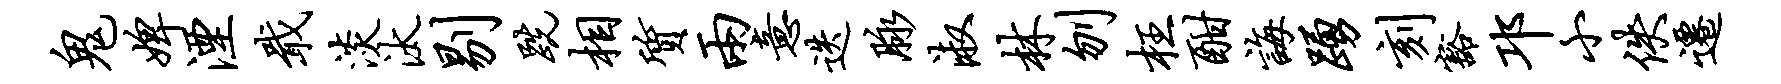
鬼婢湮戢淡汰剔跣相质两意迭脉淑林刎枉酣诲踊刻豁邛小佚迁